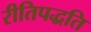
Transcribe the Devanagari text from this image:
रीतिपद्धति